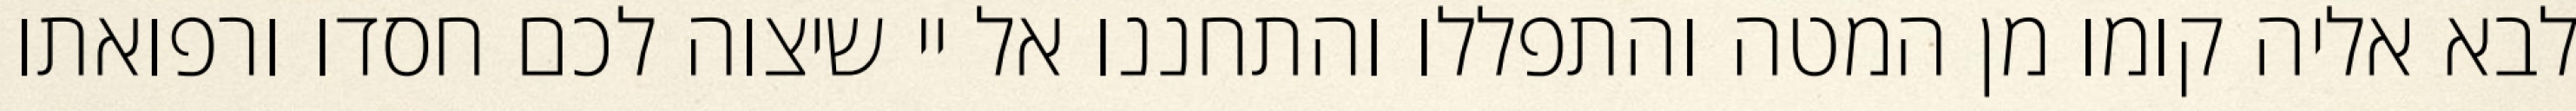
לבא אליה קומו מן המטה והתפללו והתחננו אל יי שיצוה לכם חסדו ורפואתו